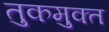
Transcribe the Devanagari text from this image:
तुकमुक्त